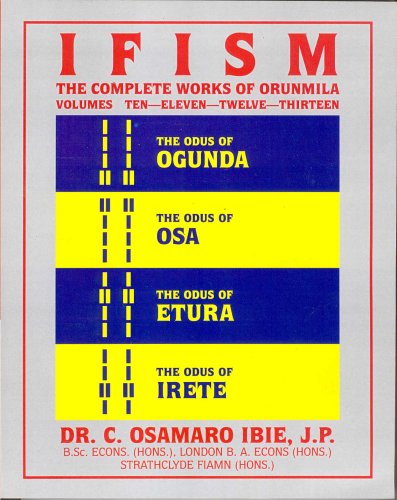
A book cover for Ifism, Vols. 10, 11, 12, & 13: The Odus of Ogunda, Osa, Etura & Irete; Osamaro Ibie; Religion & Spirituality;